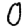
Digit: 0